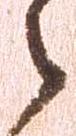
之